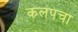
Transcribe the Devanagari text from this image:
कलपचा